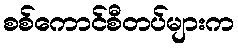
စစ်ကောင်စီတပ်များက